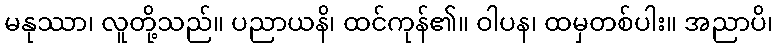
မနုဿာ၊ လူတို့သည်။ ပညာယနိ၊ ထင်ကုန်၏။ ဝါပန၊ ထမှတစ်ပါး။ အညာပိ၊